Vaccination in Bombay 1863-1868 - 1863-1868
Year: 1863
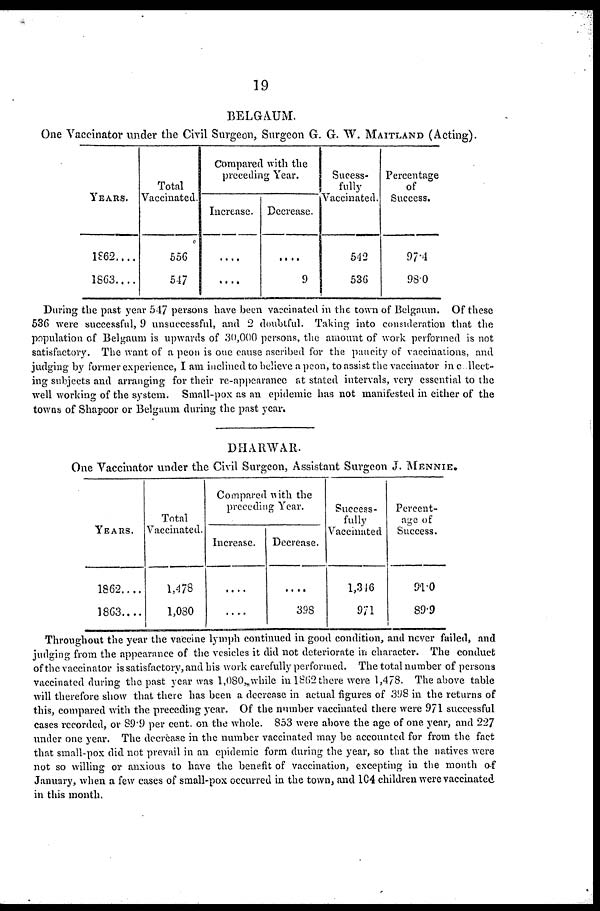
19
BELGAUM.
One Vaccinator under the Civil Surgeon, Surgeon G. G. W. MAITLAND (Acting).
YEARS.
1862....
1863....
Total
Vaccinated.
556
547
Compared with the
preceding Year.
Increase.
....
....
Decrease.
....
9
Sucess¬
fully
Vaccinated.
542
536
Percentage
of
Success.
97.4
98.0
During the past year 547 persons have been vaccinated in the town of Belgaum. Of these
536 were successful, 9 unsuccessful, and 2 doubtful. Taking into consideration that the
population of Belgaum is upwards of 30,000 persons, the amount of work performed is not
satisfactory. The want of a peon is one cause ascribed for the paucity of vaccinations, and
judging by former experience, I am inclined to believe a peon, to assist the vaccinator in collect-
ing subjects and arranging for their re-appearance at stated intervals, very essential to the
well working of the system. Small-pox as an epidemic has not manifested in either of the
towns of Shapoor or Belgaum during the past year.
DHARWAR.
One Vaccinator under the Civil Surgeon, Assistant Surgeon J. MENNIE.
YEARS.
1862....
1863....
Total
Vaccinated.
1,478
1,080
Compared with the
preceding Year.
Increase.
....
....
Decrease.
....
398
Success-
fully
Vaccinated
1,346
971
Percent-
age of
Success.
91.0
89.9
Throughout the year the vaccine lymph continued in good condition, and never failed, and
judging from the appearance of the vesicles it did not deteriorate in character. The conduct
of the vaccinator is satisfactory, and his work carefully performed. The total number of persons
vaccinated during the past year was 1,080, while in 1862 there were 1,478. The above table
will therefore show that there has been a decrease in actual figures of 398 in the returns of
this, compared with the preceding year. Of the number vaccinated there were 971 successful
cases recorded, or 89.9 per cent. on the whole. 853 were above the age of one year, and 227
under one year. The decrease in the number vaccinated may be accounted for from the fact
that small-pox did not prevail in an epidemic form during the year, so that the natives were
not so willing or anxious to have the benefit of vaccination, excepting in the month of
January, when a few cases of small-pox occurred in the town, and 104 children were vaccinated
in this month.